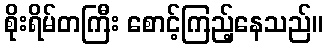
စိုးရိမ်တကြီး စောင့်ကြည့်နေသည်။